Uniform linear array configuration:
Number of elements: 12
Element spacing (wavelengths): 0.75
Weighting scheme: hann
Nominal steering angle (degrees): -30
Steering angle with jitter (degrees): -29.863
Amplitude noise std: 0.05
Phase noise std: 0.05

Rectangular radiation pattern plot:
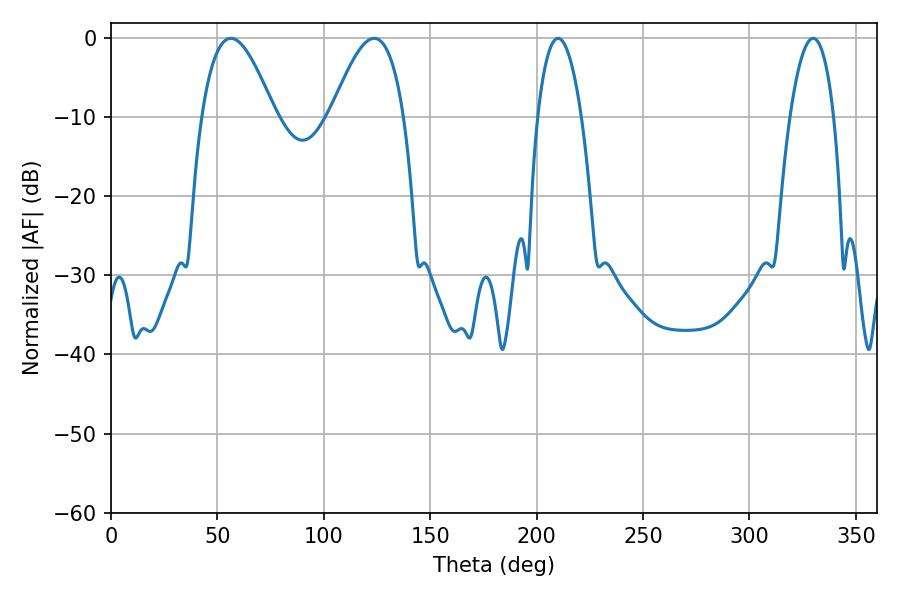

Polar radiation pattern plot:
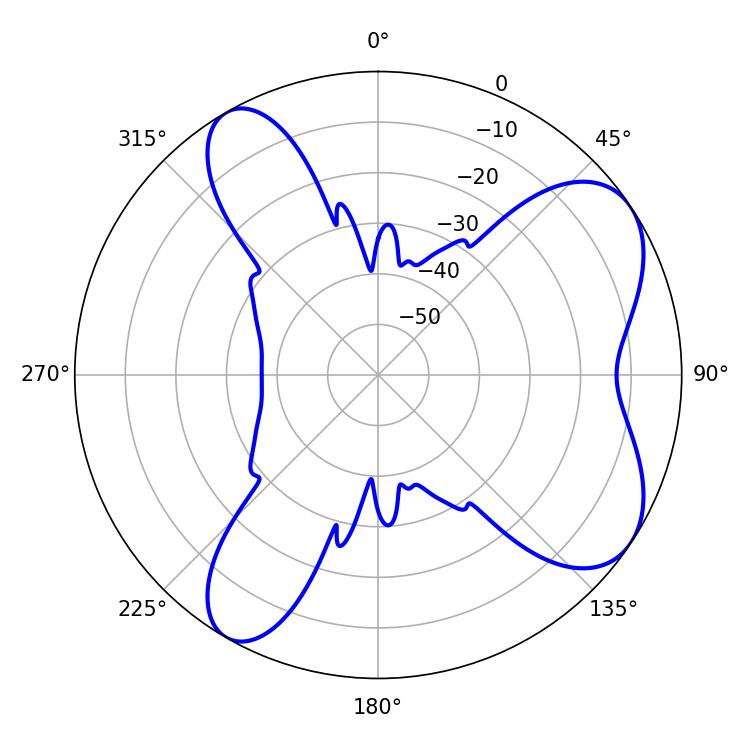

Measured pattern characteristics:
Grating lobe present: TRUE
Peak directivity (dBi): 7.012
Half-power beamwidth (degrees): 18.54
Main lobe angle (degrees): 56.34